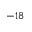
^ { - 1 8 }